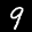
Label: 9